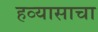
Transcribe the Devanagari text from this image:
हव्यासाचा